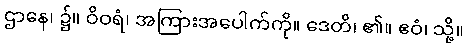
ဌာနေ၊ ၌။ ဝိဝရံ၊ အကြားအပေါက်ကို။ ဒေတိ၊ ၏။ ဧဝံ၊ သို့။